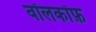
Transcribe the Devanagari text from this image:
वॉलकॉफ़